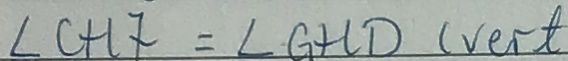
\angle C H F = \angle G H D ( v e r t )